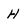
Character: H